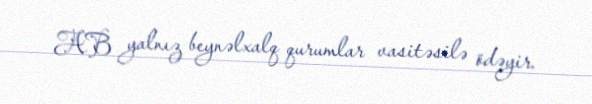
AB yalnız beynəlxalq qurumlar vasitəsilə ödəyir.